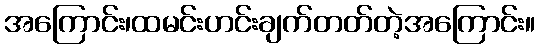
အကြောင်း၊ထမင်းဟင်းချက်တတ်တဲ့အကြောင်း။